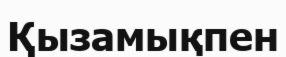
Қызамықпен